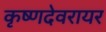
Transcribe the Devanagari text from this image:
कृष्णदेवरायर